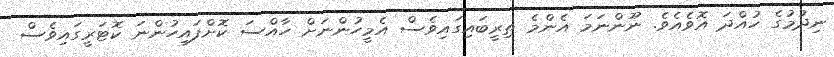
ނިދުމުގެ ހުއްދަ އޮވެއެވެ. ނޫންނަމަ އެންމެ ތިރީބައިގައިވެސް އެމީހުންނަށް ހާއްސަ ކޮށްފައިހުންނަ ކޮޓަރީގައިވެސް